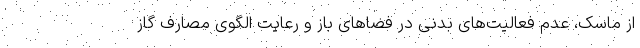
از ماسک، عدم فعالیت‌های بدنی در فضاهای باز و رعایت الگوی مصارف گاز